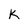
Character: K